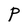
Character: P